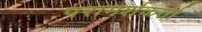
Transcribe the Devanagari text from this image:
परामर्शकर्ता